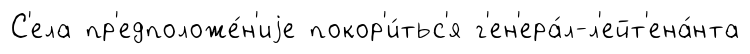
С'ела пр'едположе́н'иjе покор'и́тьс'я г'ен'ера́л-л'ейт'ена́нта